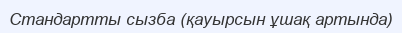
Стандартты сызба (қауырсын ұшақ артында)